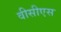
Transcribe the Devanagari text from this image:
वीसीएस